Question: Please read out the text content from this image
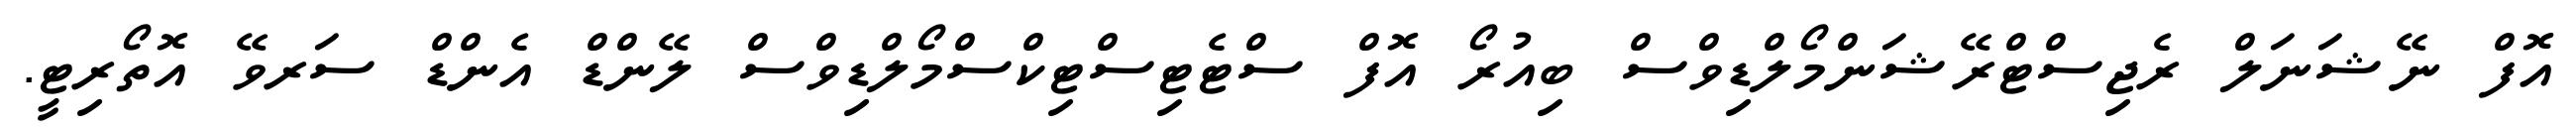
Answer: އޮފް ނޭޝަނަލް ރެޖިސްޓްރޭޝަންމޯލްޑިވްސް ބިއުރޯ އޮފް ސްޓެޓިސްޓިކްސްމޯލްޑިވްސް ލޭންޑް އެންޑް ސަރވޭ އޮތޯރިޓީ.